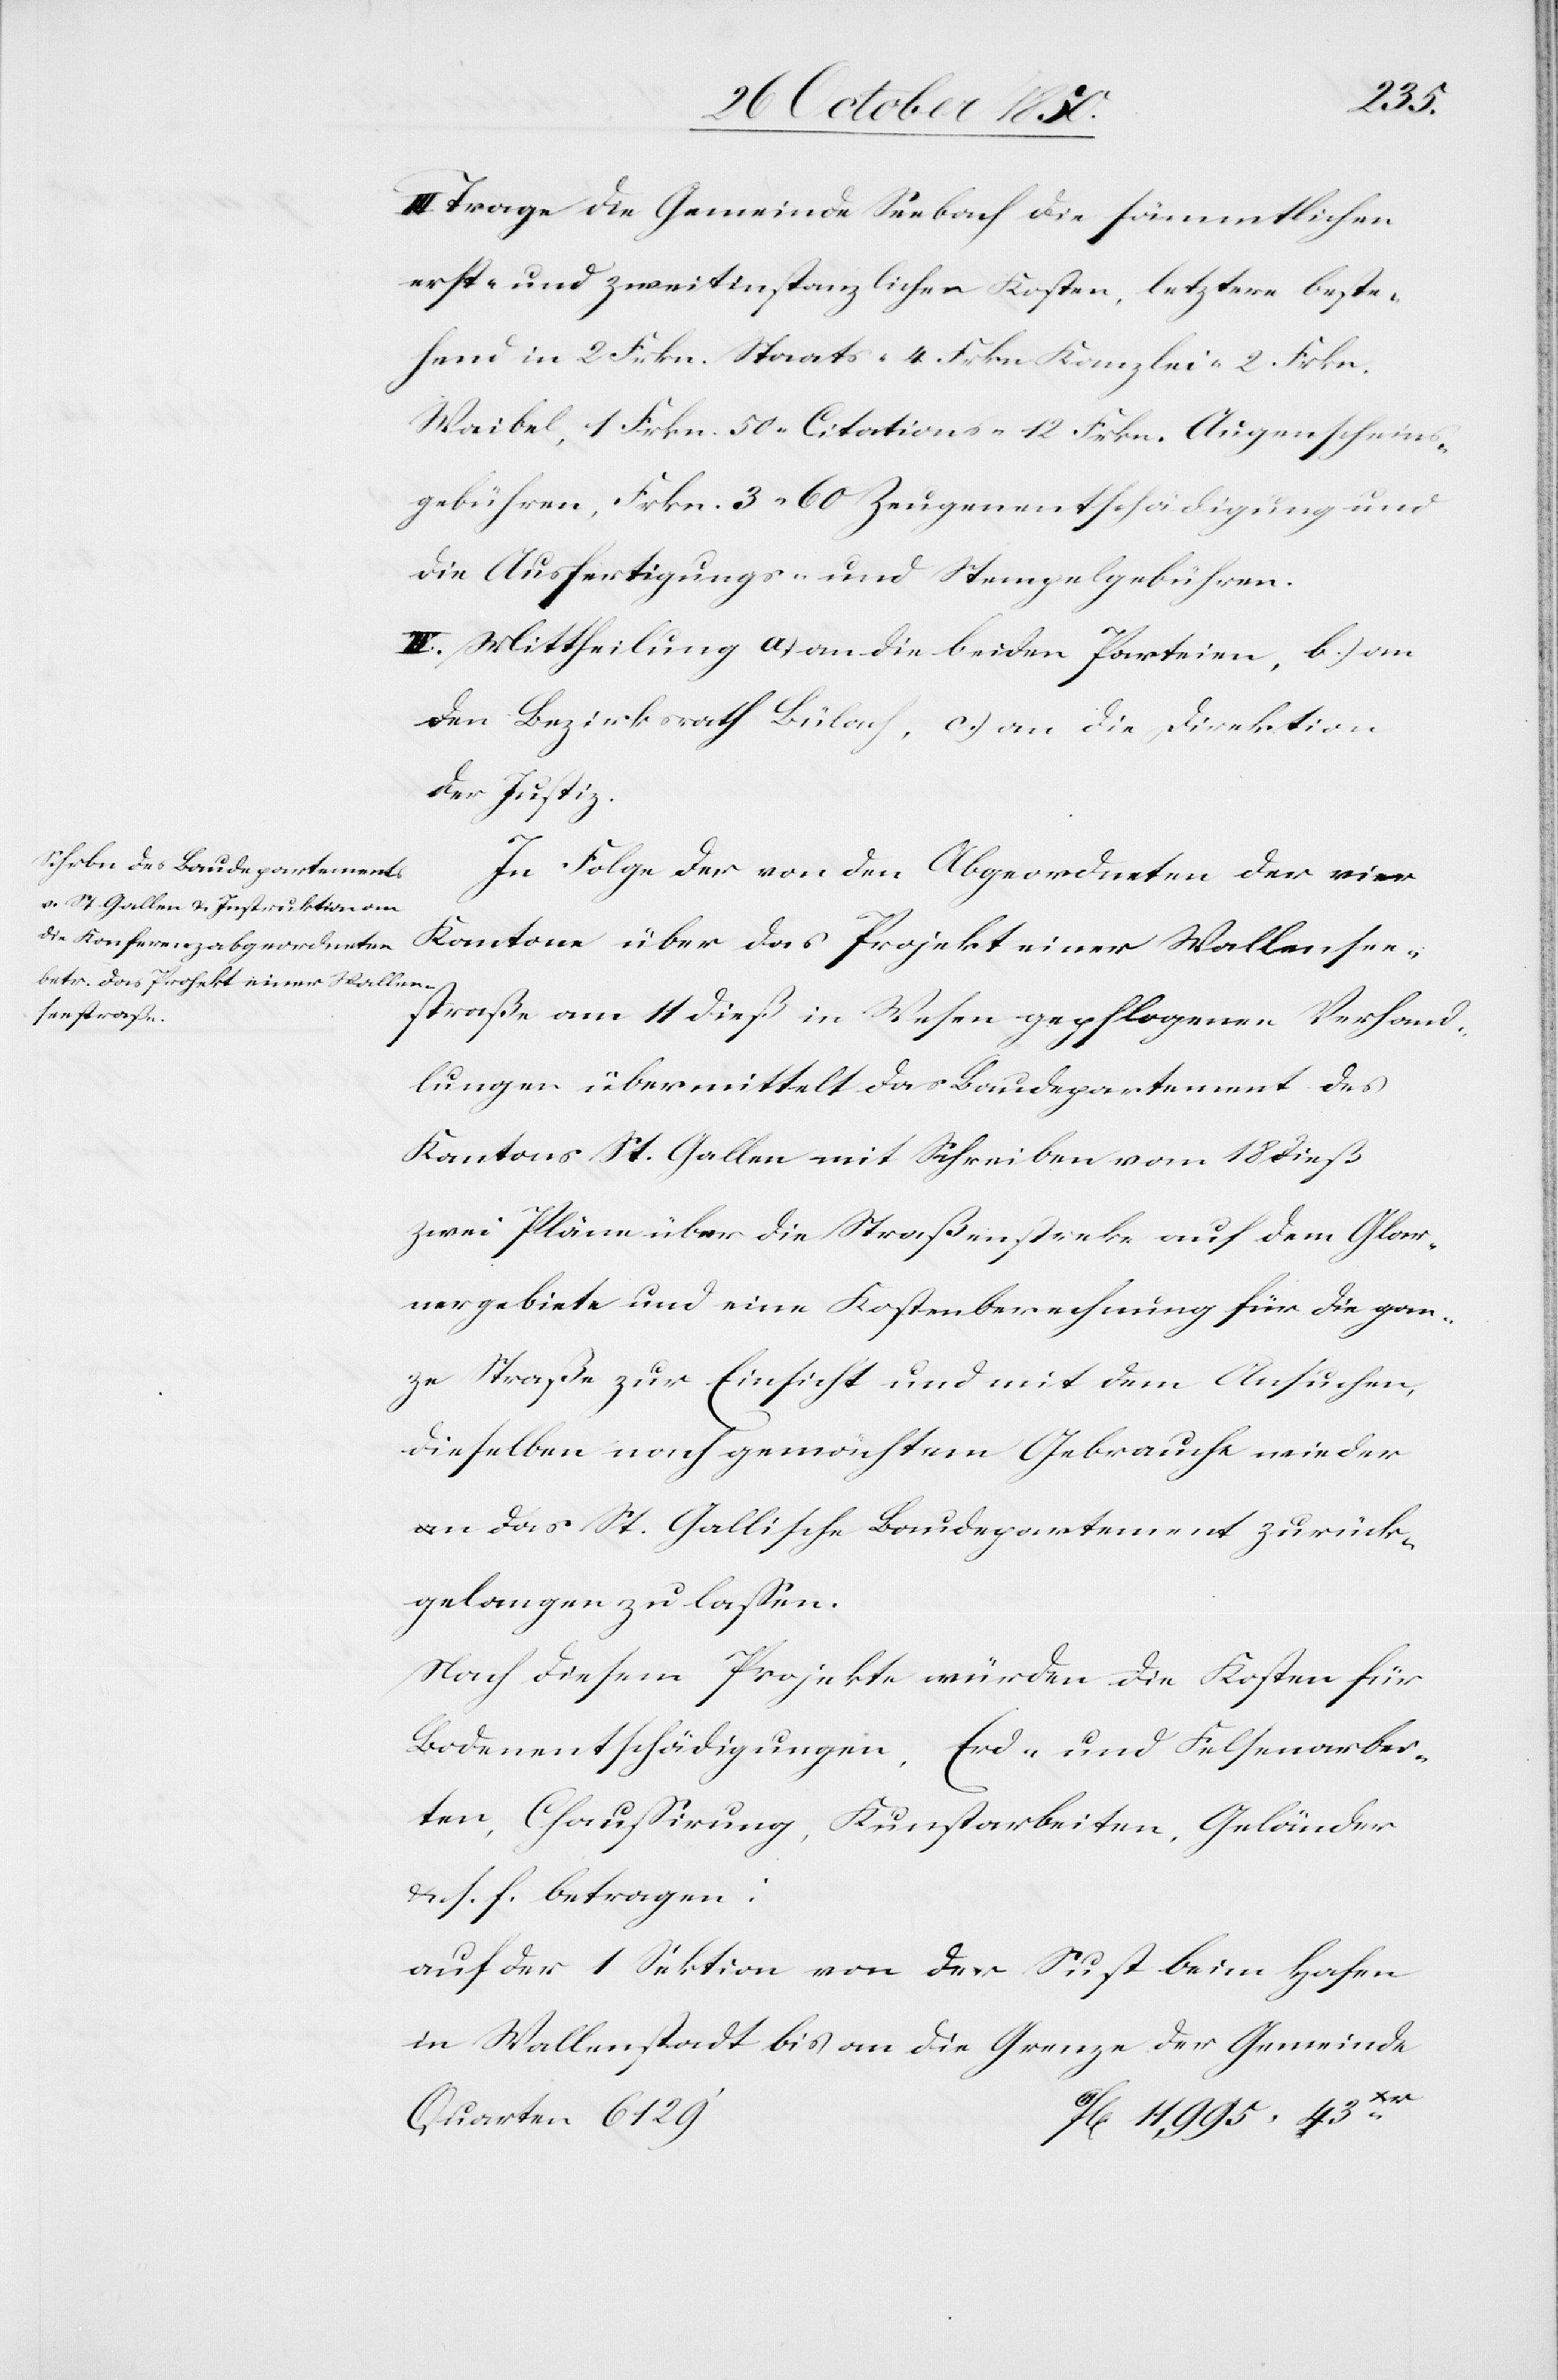
Trage die Gemeinde Seebach die sämmtlichen
erst- und zweitinstanzlichen Kosten, letztere beste¬
hend in 2 Frkn. Staats-[,] 4 Frkn Kanzlei-[,] 2. Frkn.
Waibel[-], 1 Frkn. 50 Citations-[,] 12 Frkn. Augenscheins¬
gebühren, Frkn. 3 60 Zeugenentschädigung und
die Ausfertigungs- und Stempelgebühren.
IV. Mittheilung a) an die beiden Parteien, b) an
den Bezirksrath Bülach, c.) an die Direktion
der Justiz.
In Folge der von den Abgeordneten der vier
Kantone über das Projekt einer Wallensee¬
straße am 11 dieß in Wesen gepflogenen Verhand¬
lungen übermittelt das Baudepartement des
Kantons St. Gallen mit Schreiben vom 18 dieß
zwei Pläne über die Straßenstreke auf dem Glar¬
nergebiete und eine Kostenberechnung für die gan¬
ze Straße zur Einsicht und mit dem Ansuchen,
dieselben nach gemachtem Gebrauche wieder
an das St. Gallische Baudepartement zurück¬
gelangen zu lassen.
Nach diesem Projekte würden die Kosten für
Bodenentschädigungen, Erd- und Felsenarbei¬
ten, Chaussirung, Kunstarbeiten, Geländer
&. s. f. betragen:
auf der 1 Sektion von der Sust beim Hafen
in Wallenstadt bis an die Grenze der Gemeinde
Quarten 6129‘